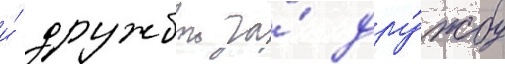
и́ дружбои за́ дру́жбу